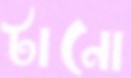
টানো